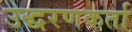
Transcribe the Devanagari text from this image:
उद्धरणकर्ता